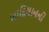
બાદિયાનની